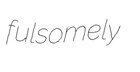
fulsomely